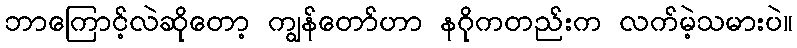
ဘာကြောင့်လဲဆိုတော့ ကျွန်တော်ဟာ နဂိုကတည်းက လက်မဲ့သမားပဲ။